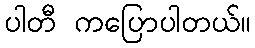
ပါတီ ကပြောပါတယ်။